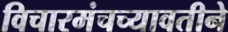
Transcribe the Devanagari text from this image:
विचारमंचच्यावतीने